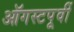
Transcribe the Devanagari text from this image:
ऑगस्टपूर्वी